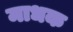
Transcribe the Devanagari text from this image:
माधक